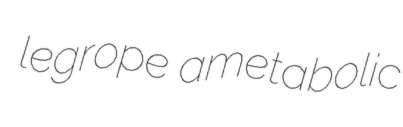
legrope ametabolic